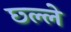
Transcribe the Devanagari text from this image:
छ्ल्ले